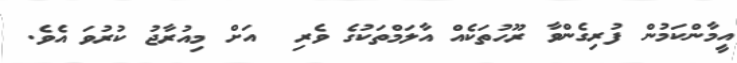
އީމާންކަމުން ފުރިގެންވާ ރޫހުތަކެއް އާލަމްތަކުގެ ވެރި  އަށް މިއުރާޖު ކުރުވަ އެވެ.